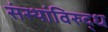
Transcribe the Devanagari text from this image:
संस्थांविरुद्ध